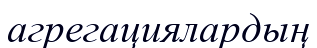
агрегациялардың